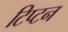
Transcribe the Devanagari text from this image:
टिप्टन